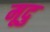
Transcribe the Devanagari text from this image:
मूदु